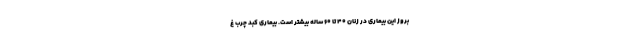
بروز این بیماری در زنان ۴۰ تا ۶۰ ساله بیشتر است. بیماری کبد چرب غ